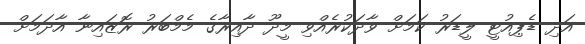
އަދި ޑެޕިއުޓީ ލީޑަރު ކަމަށް ވާދަކުރެއްވި މީދޫ ދާއިރާގެ މެމްބަރު ރޮޒައިނާ އާދަމަށް